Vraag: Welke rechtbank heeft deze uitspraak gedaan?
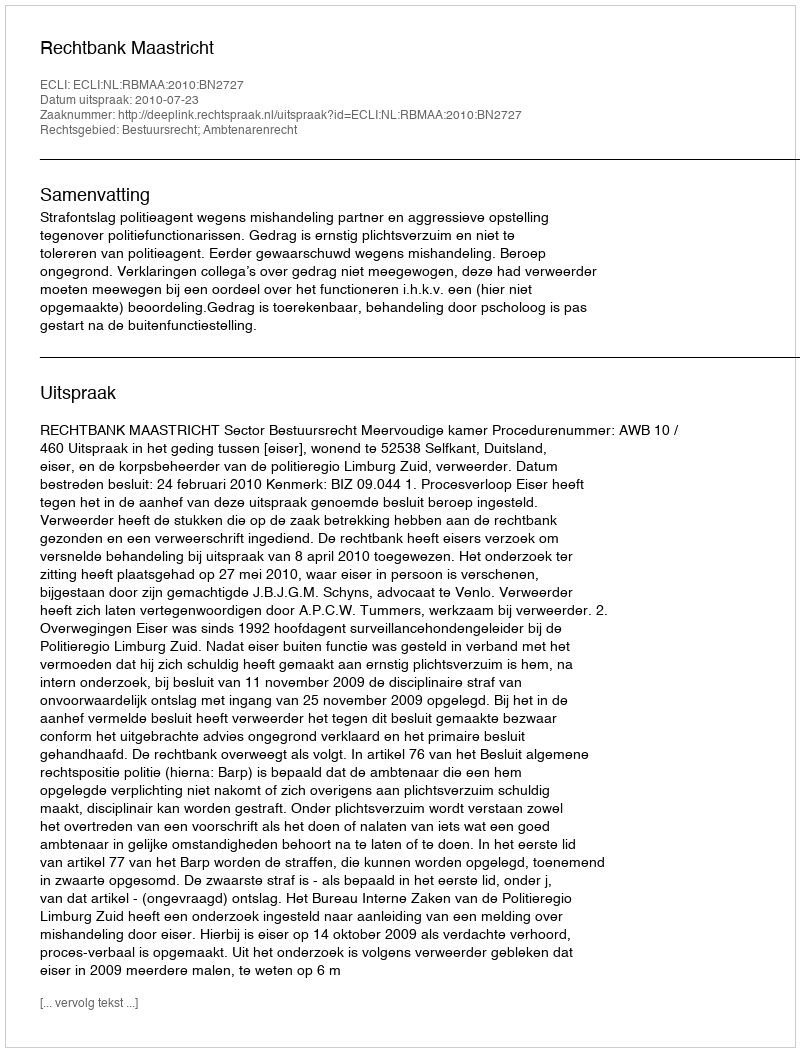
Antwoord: Rechtbank Maastricht